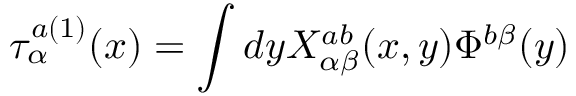
\tau _ { \alpha } ^ { a ( 1 ) } ( x ) = \int d y X _ { \alpha \beta } ^ { a b } ( x , y ) \Phi ^ { b \beta } ( y )